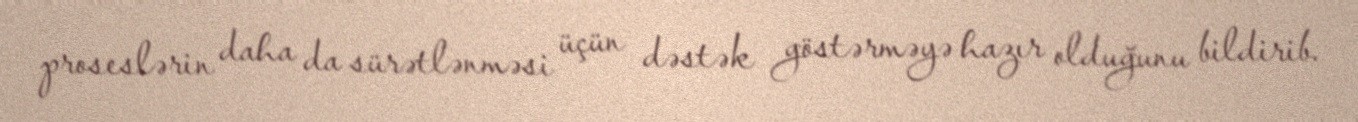
proseslərin daha da sürətlənməsi üçün dəstək göstərməyə hazır olduğunu bildirib.